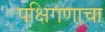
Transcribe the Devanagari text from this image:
पक्षिगणाचा